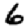
Digit: 6